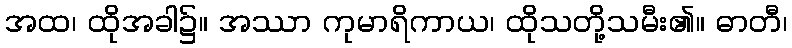
အထ၊ ထိုအခါ၌။ အဿာ ကုမာရိကာယ၊ ထိုသတို့သမီး၏။ ဓာတီ၊